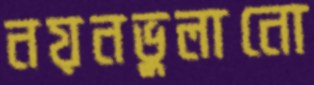
নয়নভুলানো